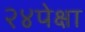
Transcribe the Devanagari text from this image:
२४पेक्षा